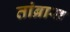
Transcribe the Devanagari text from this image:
तांब्रास